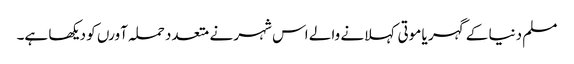
مسلم دنیا کے گہر یا موتی کہلانے والے اس شہر نے متعدد حملہ آورں کو دیکھا ہے۔